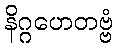
နိဂ္ဂဟေတဗ္ဗံ